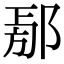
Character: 𨜃